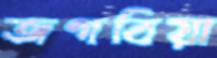
জগবিয়া